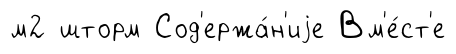
м2 шторм Сод'ержа́н'иjе Вм'е́ст'е